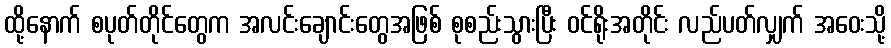
ထို့နောက် စပုတ်တိုင်တွေက အလင်းချောင်းတွေအဖြစ် စုစည်းသွားပြီး ဝင်ရိုးအတိုင်း လည်ပတ်လျှက် အဝေးသို့